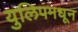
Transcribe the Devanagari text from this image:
युलिपमधून